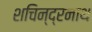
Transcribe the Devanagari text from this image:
शचिन्द्रनाथ